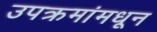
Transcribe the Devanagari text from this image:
उपक्रमांमधून